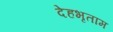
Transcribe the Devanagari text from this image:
देहभृताम